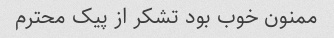
ممنون خوب بود تشکر از پیک محترم